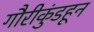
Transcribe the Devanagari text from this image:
गौरीकुंडहून